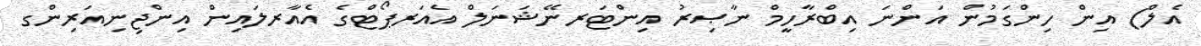
އެލް) އިން ހިންގަމުން އަންނަ އިބްރާހީމް ނާޞިރު އިންޓަރނޭޝަނަލް އެއަރޕޯޓްގެ އެއާރލައިން އިންޖިނިއަރިންގ